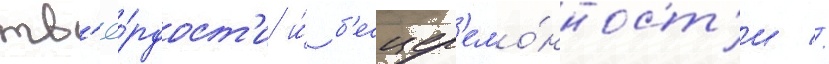
тв'ё́рдост'и и́ б'есцер'емо́нност'и //